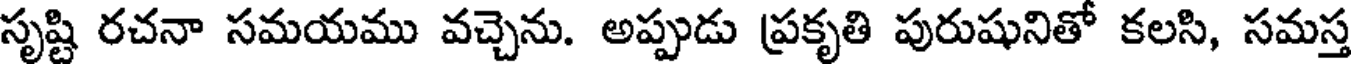
సృష్టి రచనా సమయము వచ్చెను. అప్పుడు ప్రకృతి పురుషునితో కలసి, సమస్త